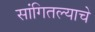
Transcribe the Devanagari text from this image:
सांगितल्याचे